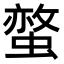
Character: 𧏅